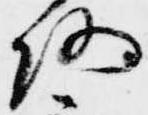
路